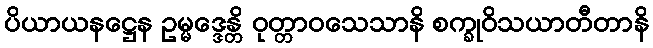
ပိယာယနဋ္ဌေန ဥမ္မဒ္ဒေန္တိ ဝုတ္တာဝသေသာနိ စက္ခုဝိသယာတီတာနိ